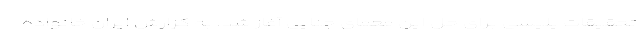
تحقیقات پلیسی برای حل این معمای جنایی آغاز شد. به گزارش ایران خانواده